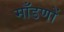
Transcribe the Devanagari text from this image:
माँडणों